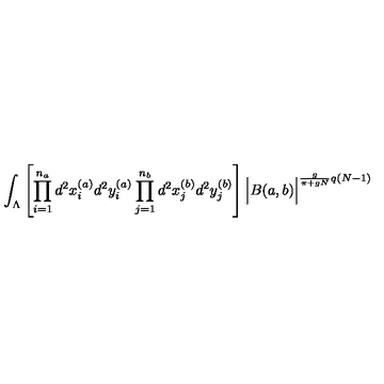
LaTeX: \int _ { \Lambda } \left[ \prod _ { i = 1 } ^ { n _ { a } } d ^ { 2 } x _ { i } ^ { ( a ) } d ^ { 2 } y _ { i } ^ { ( a ) } \prod _ { j = 1 } ^ { n _ { b } } d ^ { 2 } x _ { j } ^ { ( b ) } d ^ { 2 } y _ { j } ^ { ( b ) } \right] \Big | B ( a , b ) \Big | ^ { \frac { g } { \pi + g N } q ( N - 1 ) }